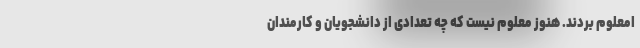
امعلوم بردند. هنوز معلوم نیست که چه تعدادی از دانشجویان و کارمندان